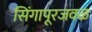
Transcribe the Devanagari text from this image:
सिंगापूरजवळ